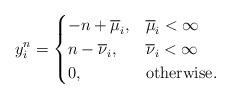
LaTeX: \begin{align*}y_i^{n}=\begin{cases} -n+\overline\mu_i, & \overline\mu_i <\infty\\n-\overline\nu_i, & \overline\nu_i <\infty\\0, & \mbox{otherwise}.\end{cases}\end{align*}